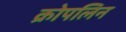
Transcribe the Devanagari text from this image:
क्रोपलिन